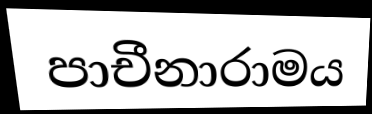
පාචීනාරාමය